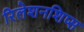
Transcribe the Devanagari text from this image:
रिलेशनशिप्स